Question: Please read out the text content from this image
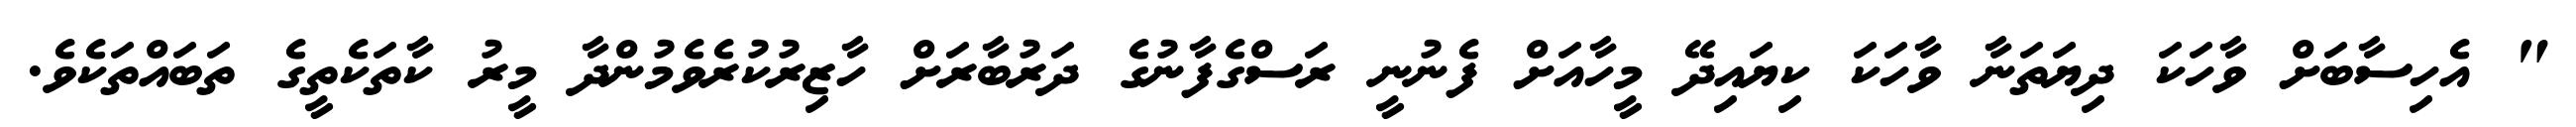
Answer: " އެހިސާބަށް ވާހަކަ ދިޔަތަނާ ވާހަކަ ކިޔައިދޭ މީހާއަށް ފެނުނީ ރަސްގެފާނުގެ ދަރުބާރަށް ހާޒިރުކުރެވެމުންދާ މީރު ކާތަކެތީގެ ތަބައްތަކެވެ.